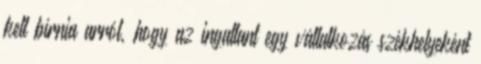
kell bírnia arról, hogy az ingatlant egy vállalkozás székhelyeként